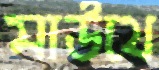
মাউথে